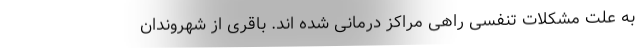
به علت مشکلات تنفسی راهی مراکز درمانی شده اند. باقری از شهروندان